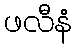
ဖလီနံ